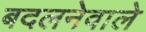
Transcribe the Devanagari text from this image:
बदलनेवाले